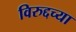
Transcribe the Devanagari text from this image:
विरुद्दच्या